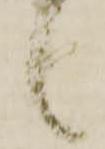
候